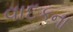
વાદકના